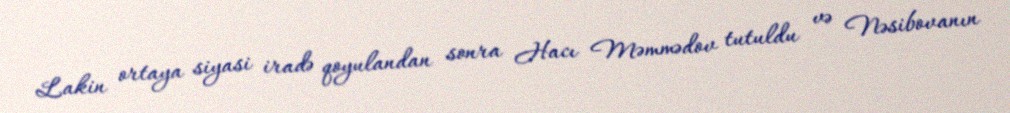
Lakin ortaya siyasi iradə qoyulandan sonra Hacı Məmmədov tutuldu və Nəsibovanın